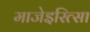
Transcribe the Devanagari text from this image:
माजेइरित्सा